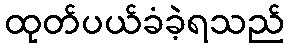
ထုတ်ပယ်ခံခဲ့ရသည်